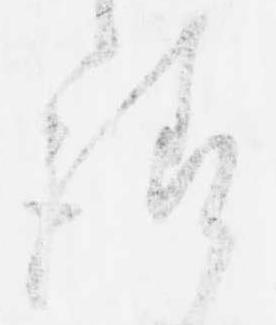
請